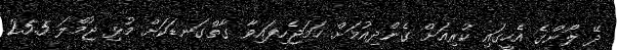
ދޭ ލޯންގެ އެހީގައި ކުރިއަށް ގެންދިއުމަށް ހަމަޖެހިފައިވާ ގާތްގަނޑަކަށް މުޅި ޖުމްލަ 25.5